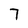
Character: 7